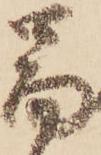
圖